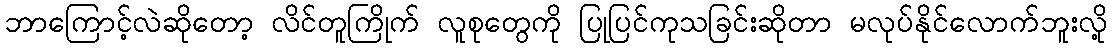
ဘာကြောင့်လဲဆိုတော့ လိင်တူကြိုက် လူစုတွေကို ပြုပြင်ကုသခြင်းဆိုတာ မလုပ်နိုင်လောက်ဘူးလို့